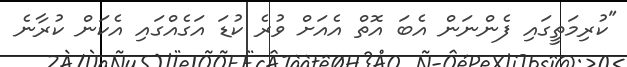
"ކުރިމަތީގައި ފެންނަން އެބަ އޮތް އެއަށް ވުރެ ކުޑަ އަގެއްގައި އެކަން ކުރާނެ